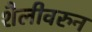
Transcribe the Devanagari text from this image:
शैलीवरुन